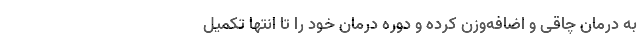
به درمان چاقی و اضافه‌وزن کرده و دوره درمان خود را تا انتها تکمیل